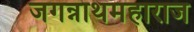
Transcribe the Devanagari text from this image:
जगन्नाथमहाराज